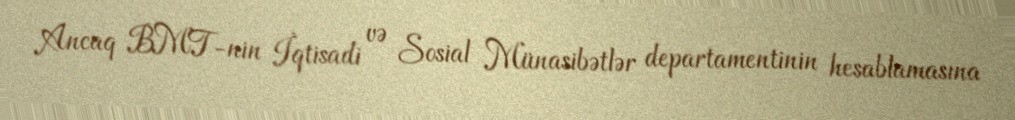
Ancaq BMT-nin İqtisadi və Sosial Münasibətlər departamentinin hesablamasına